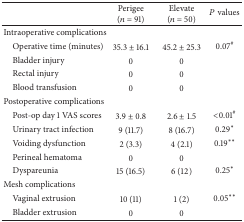
<table><thead><tr><td>[EMPTY_CELL]</td><td><b>Perigee (<i>n</i> = 91)</b></td><td><b>Elevate (<i>n</i> = 50)</b></td><td><b><i>P</i> values</b></td></tr></thead><tbody><tr><td>Intraoperative complications</td><td>[EMPTY_CELL]</td><td>[EMPTY_CELL]</td><td>[EMPTY_CELL]</td></tr><tr><td> Operative time (minutes)</td><td>35.3 ± 16.1</td><td>45.2 ± 25.3</td><td>0.07<sup>#</sup></td></tr><tr><td> Bladder injury</td><td>0</td><td>0</td><td>[EMPTY_CELL]</td></tr><tr><td> Rectal injury</td><td>0</td><td>0</td><td>[EMPTY_CELL]</td></tr><tr><td> Blood transfusion</td><td>0</td><td>0</td><td>[EMPTY_CELL]</td></tr><tr><td>Postoperative complications</td><td>[EMPTY_CELL]</td><td>[EMPTY_CELL]</td><td>[EMPTY_CELL]</td></tr><tr><td> Post-op day 1 VAS scores</td><td>3.9 ± 0.8</td><td>2.6 ± 1.5</td><td>&lt;0.01<sup>#</sup></td></tr><tr><td> Urinary tract infection</td><td>9 (11.7)</td><td>8 (16.7)</td><td>0.29<sup>∗</sup></td></tr><tr><td> Voiding dysfunction</td><td>2 (3.3)</td><td>4 (2.1)</td><td>0.19<sup>∗∗</sup></td></tr><tr><td> Perineal hematoma</td><td>0</td><td>0</td><td>[EMPTY_CELL]</td></tr><tr><td> Dyspareunia</td><td>15 (16.5)</td><td>6 (12)</td><td>0.25<sup>∗</sup></td></tr><tr><td>Mesh complications</td><td>[EMPTY_CELL]</td><td>[EMPTY_CELL]</td><td>[EMPTY_CELL]</td></tr><tr><td> Vaginal extrusion</td><td>10 (11)</td><td>1 (2)</td><td>0.05<sup>∗∗</sup></td></tr><tr><td> Bladder extrusion</td><td>0</td><td>0</td><td>[EMPTY_CELL]</td></tr></tbody></table>